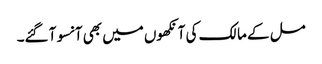
مل کے مالک کی آنکھوں میں بھی آنسو آ گئے۔